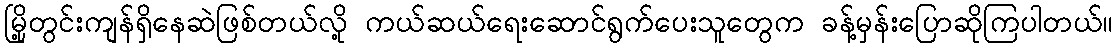
မြို့တွင်းကျန်ရှိနေဆဲဖြစ်တယ်လို့ ကယ်ဆယ်ရေးဆောင်ရွက်ပေးသူတွေက ခန့်မှန်းပြောဆိုကြပါတယ်။